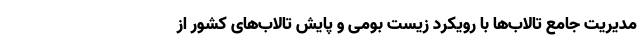
مدیریت جامع تالاب‌ها با رویکرد زیست بومی و پایش تالاب‌های کشور از